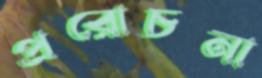
প্ররোচনা